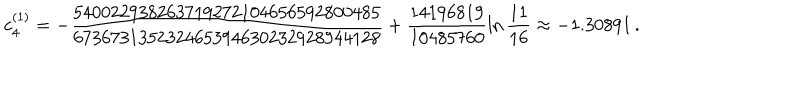
c _ { 4 } ^ { ( 1 ) } = - \frac { 5 4 0 0 2 2 9 3 8 2 6 3 7 1 9 2 7 2 1 0 4 6 5 6 5 9 2 8 0 0 4 8 5 } { 6 7 3 6 7 3 1 3 5 2 3 2 4 6 5 3 9 4 6 3 0 2 3 2 9 2 8 9 4 4 1 2 8 } + \frac { 1 4 1 9 6 8 1 9 } { 1 0 4 8 5 7 6 0 } \ln \frac { 1 1 } { 1 6 } \approx - 1 . 3 0 8 9 1 \, .